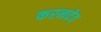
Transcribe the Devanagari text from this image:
करनदेव